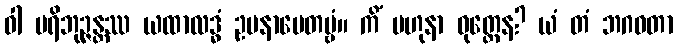
ဝါ ပရိဘုဉ္ဇန္တဿ ယထာလဒ္ဓံ ဥပနာမေတဗ္ဗံ။ ကိံ ဗဟုနာ ဝုတ္တေန? ယံ တံ ဘဂဝတာ